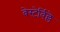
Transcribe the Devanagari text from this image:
वेस्टेर्विल्ले